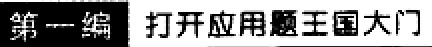
第一编 打开应用题王国大门